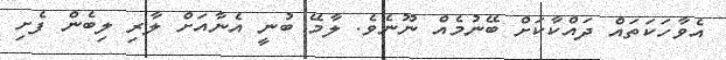
އެވާހަކަތައް ދައްކާކަށް ބޭނުމެއް ނޫނެވެ. ލާމޭ ބުނީ އެނާއަށް ލާރި ލިބެން ފެށި